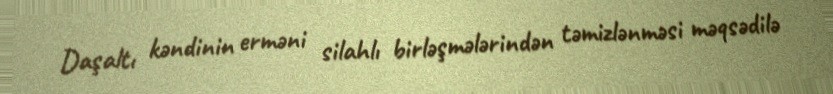
Daşaltı kəndinin erməni silahlı birləşmələrindən təmizlənməsi məqsədilə